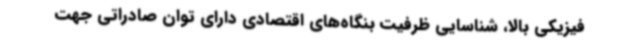
فیزیکی بالا، شناسایی ظرفیت بنگاه‌های اقتصادی دارای توان صادراتی جهت